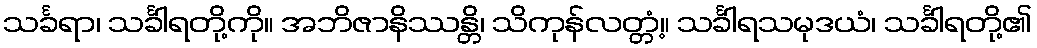
သင်္ခရာ၊ သင်္ခါရတို့ကို။ အဘိဇာနိဿန္တိ၊ သိကုန်လတ္တံ့။ သင်္ခါရသမုဒယံ၊ သင်္ခါရတို့၏